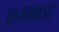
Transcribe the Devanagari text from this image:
अनक्वाइट